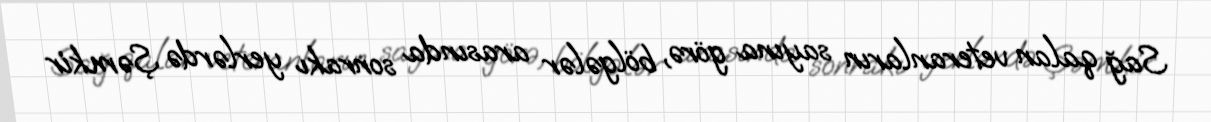
Sağ qalan veteranların sayına görə, bölgələr arasında sonrakı yerlərdə Şəmkir